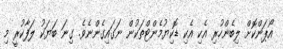
އޯޕަންކޮށް ލިބެންހުރި އެކި އެކި ޑޮކިޔުމެންޓްތަކުން ނަގައިގެންނެވެ. ގިނަ ބަޔަކު ލަފާކުރީ މި